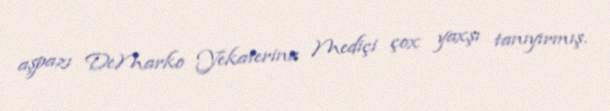
aşpazı DeMarko Yekaterina Mediçi çox yaxşı tanıyırmış.